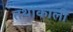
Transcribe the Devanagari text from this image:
तथाकाली